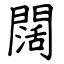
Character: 闊